Trukikaitis_Postimees, lk 9
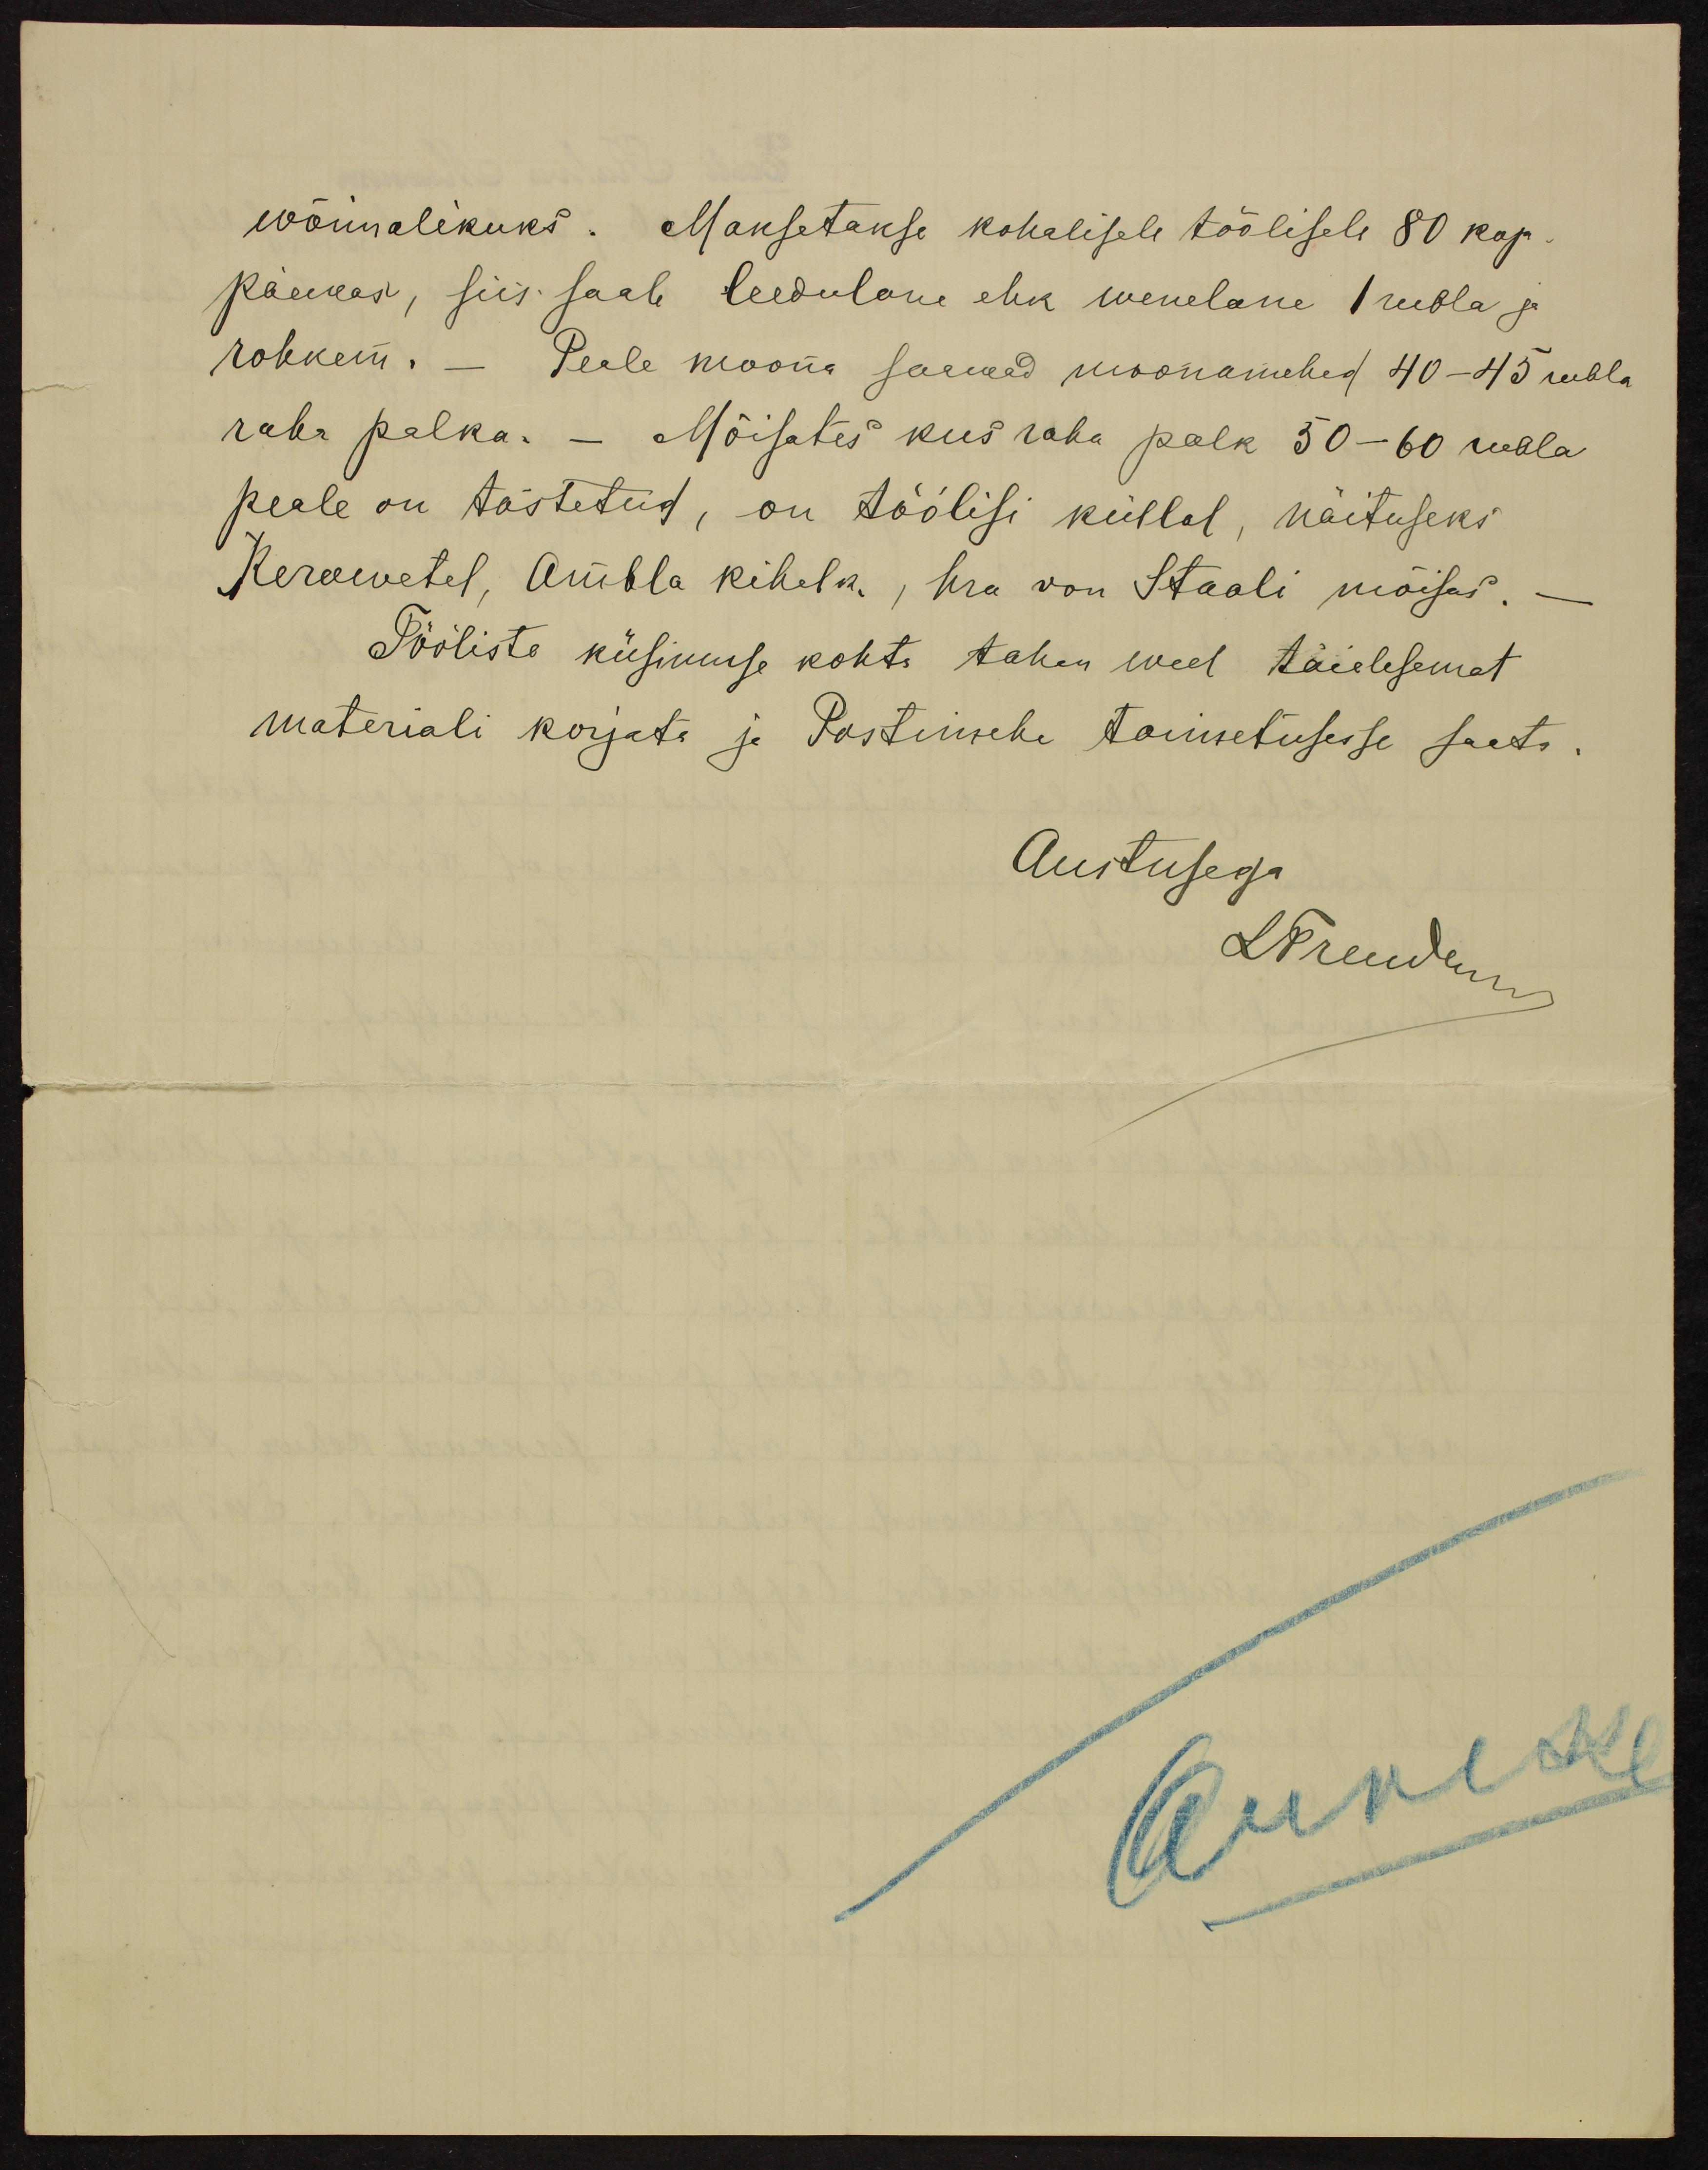
wõimalikuks. Maksetakse kohalisele töölisele 80 kop.
päewas, siis saab leedulane ehk wenelane 1 rubla ja
rohkem. – Peale moona saawad moonamehed 40-45 rubla
raha palka. – Mõisates kus raha palk 50–60 rubla
peale on tõstetud, on töölisi küllal, näituseks
Kerawetel, Ambla kihelk. Hra von Staali mõisas.
Tööliste küsimuse kohta tahan weel täielesemat
materiali korjate ja Postimehe toimetusesse saata.
Austusega
LFreuden